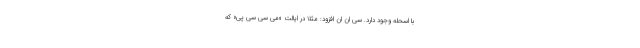
با اسحله وجود دارد. سی ان ان افزود: مثلاً در ایالت «می سی سی پی» که